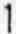
1